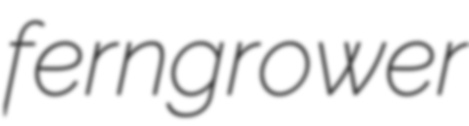
ferngrower